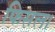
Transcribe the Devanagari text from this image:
फिसल।